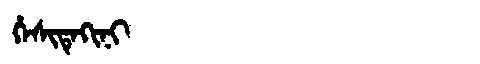
Manchu: ᡥᡝᠰᡳᡨᡝᡴᡳᠨᡳ
Romanization: HESITEKINI